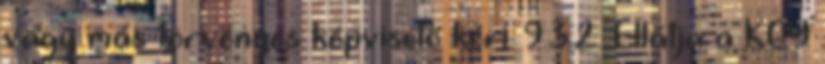
vagy más törvényes képviselő kéri. 9.3.2. Ellátja a KGY